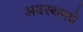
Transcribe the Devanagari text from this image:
अवस्थमधे